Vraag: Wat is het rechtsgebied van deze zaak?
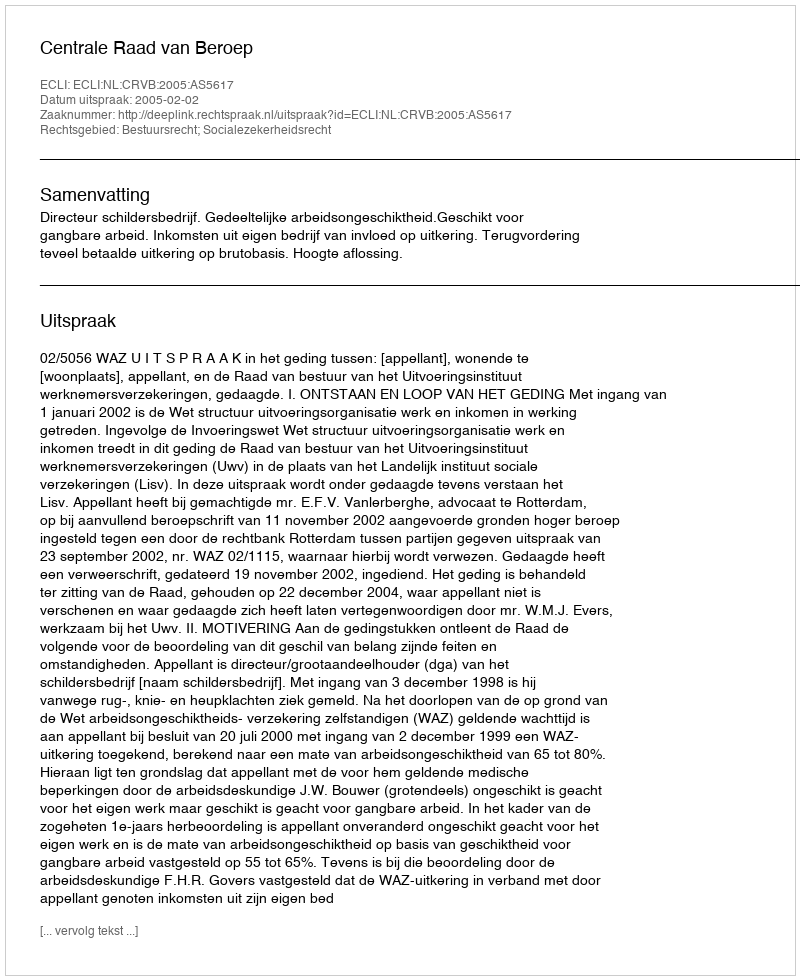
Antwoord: Bestuursrecht; Socialezekerheidsrecht